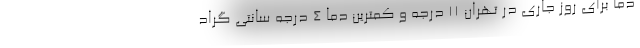
دما برای روز جاری در تهران ۱۱‌ درجه و کمترین دما ۴‌ درجه سانتی گراد